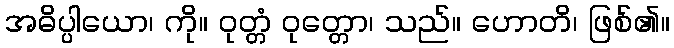
အဓိပ္ပါယော၊ ကို။ ဝုတ္တံ ဝုတ္တော၊ သည်။ ဟောတိ၊ ဖြစ်၏။